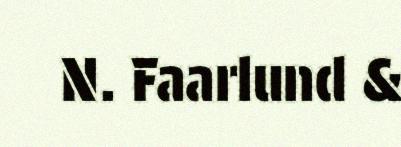
N. Faarlund &